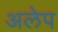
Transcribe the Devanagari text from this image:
अलेप